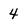
Character: 4